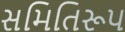
સમિતિરૂપ